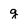
Character: g